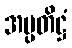
အပ္ပတိဋ္ဌံ